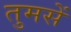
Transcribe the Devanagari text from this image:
तुमसें